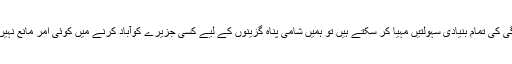
اس میں زندگی کی تمام بنیادی سہولتیں مہیا کر سکتے ہیں تو ہمیں شامی پناہ گزینوں کے لیے کسی جزیرے کوآباد کرنے میں کوئی امر مانع نہیں ہونا چاہیے۔